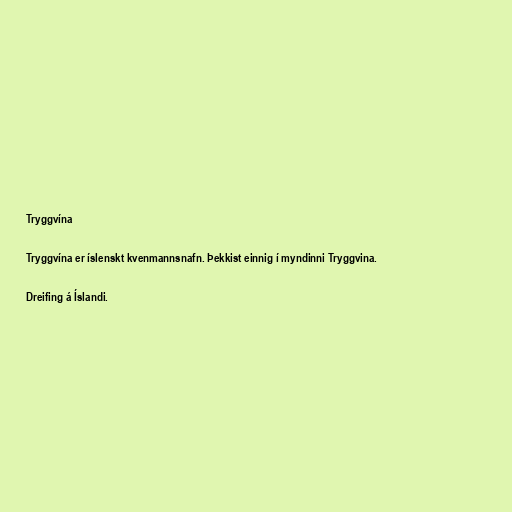
Tryggvína

Tryggvína er íslenskt kvenmannsnafn. Þekkist einnig í myndinni Tryggvina.

Dreifing á Íslandi.